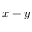
x - y